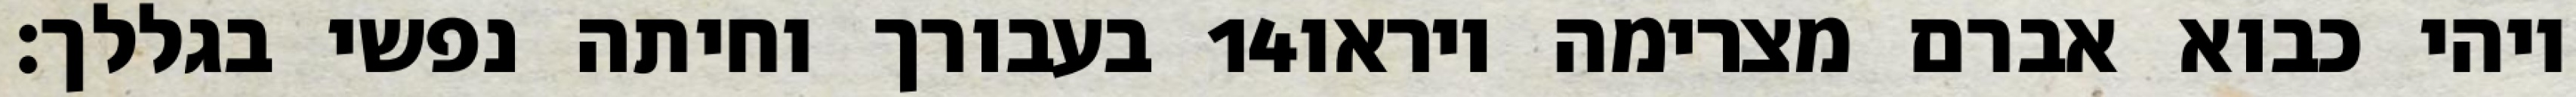
בעבורך וחיתה נפשי בגללך׃ ‎14‏ ויהי כבוא אברם מצרימה ויראו